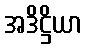
အဒိဋ္ဌိယာ